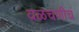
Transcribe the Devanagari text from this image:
वळचणीचं